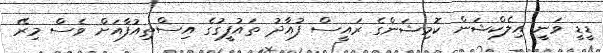
ޑީޑީ ވަނީ އިލެކްޝަން ކޮމިޝަންގެ ރައީސް ފުއާދު ތައުފީގުގެ އިސްތިއުފާއަށް ވެސް މިރޭ